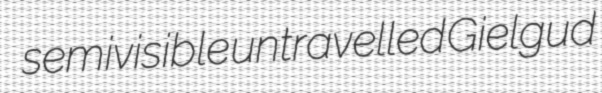
semivisible untravelled Gielgud